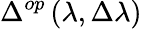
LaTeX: \Delta^{op}\left(\lambda,\Delta\lambda\right)